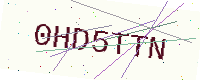
Text: 0HD5TTN